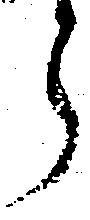
ら